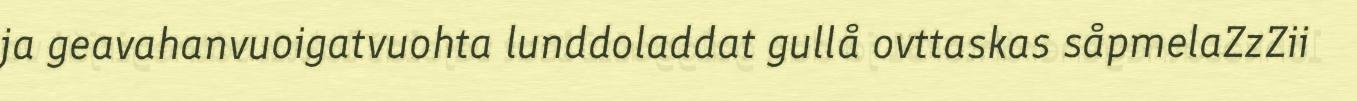
ja geavahanvuoigatvuohta lunddoladdat gullå ovttaskas såpmelaZzZii